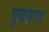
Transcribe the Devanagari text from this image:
पुढय़ात